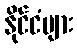
နိုင်ငံများ